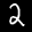
Label: 2